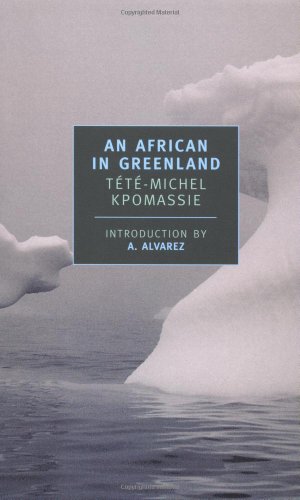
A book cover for An African in Greenland (New York Review Books Classics); Tete-Michel Kpomassie; Travel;